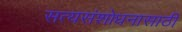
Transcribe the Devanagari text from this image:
सत्यसंशोधनासाठी